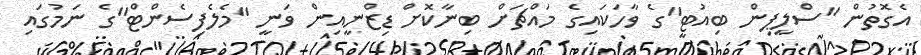
އެގޮތުން "ސްލީޕިން ބިއުޓީ"ގެ ވާހަކައިގެ މައްޗަށް ބިނާކޮށް ޑިޒްނީއިން ވަނީ "މެލެފިސެންޓް"ގެ ނަމުގައި